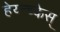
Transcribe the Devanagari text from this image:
हेय्न्च्केस्